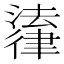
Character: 𪫚